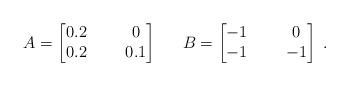
LaTeX: \begin{align*}\begin{array}{ccc}A = \left[ \begin{matrix} 0.2 & \ \ & 0 \\ 0.2 & & 0.1 \end{matrix} \right]&&B = \left[ \begin{matrix} -1 & \ \ & 0 \\ -1 & & -1 \end{matrix} \right]\end{array}.\end{align*}